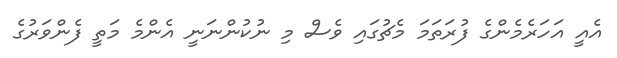
އެއީ އަހަރެމެންގެ ފުރަތަމަ މެޗުގައި ވެސް މި ނުކުންނަނީ އެންމެ މަތީ ފެންވަރުގެ